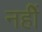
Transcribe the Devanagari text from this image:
नहीें